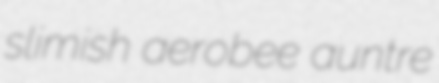
slimish aerobee auntre